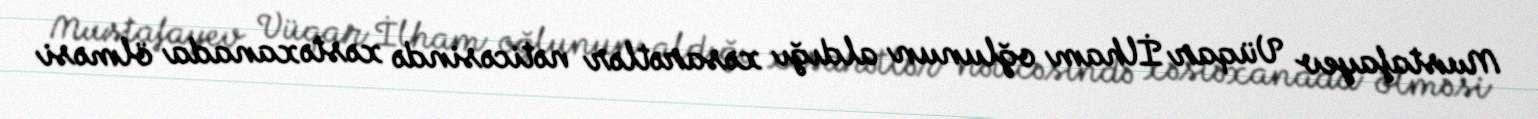
Mustafayev Vüqar İlham oğlunun aldığı xəsarətlər nəticəsində xəstəxanada ölməsi